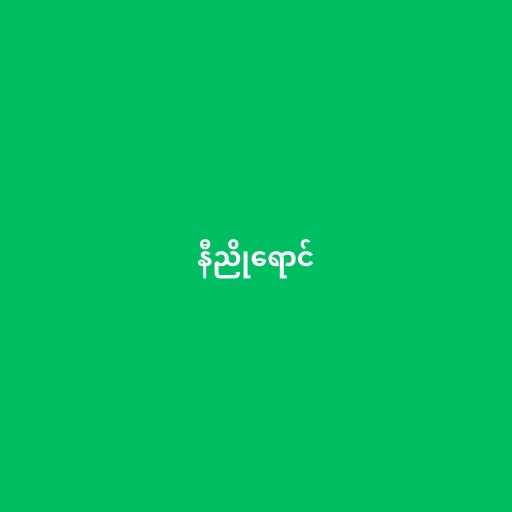
နီညိုရောင်